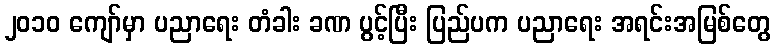
၂၀၁၀ ကျော်မှာ ပညာရေး တံခါး ခဏ ပွင့်ပြီး ပြည်ပက ပညာရေး အရင်းအမြစ်တွေ